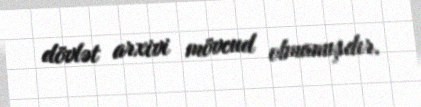
dövlət arxivi mövcud olmamışdır.